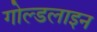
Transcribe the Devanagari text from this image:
गोल्डलाइन